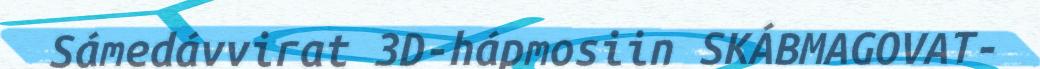
Sámedávvirat 3D-hápmosiin SKÁBMAGOVAT-